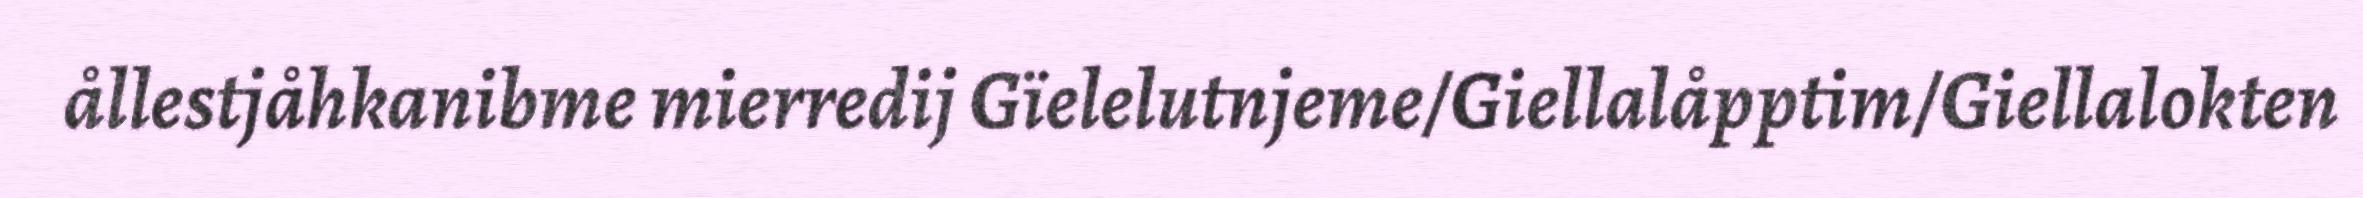
ållestjåhkanibme mierredij Gïelelutnjeme/Giellalåpptim/Giellalokten